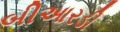
બીઆરડી